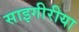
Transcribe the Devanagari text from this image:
साइगीरीया